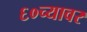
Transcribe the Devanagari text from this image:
६०च्यावर